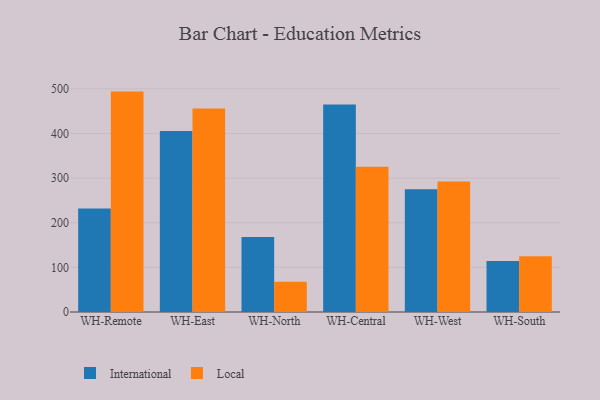
{"axis": {"x": "Warehouse", "y": "Latency (ms)"}, "legend": ["International", "Local"], "data": [{"x": "WH-Remote", "y": 232.1, "type": "International"}, {"x": "WH-Remote", "y": 493.8, "type": "Local"}, {"x": "WH-East", "y": 405.7, "type": "International"}, {"x": "WH-East", "y": 456.0, "type": "Local"}, {"x": "WH-North", "y": 168.1, "type": "International"}, {"x": "WH-North", "y": 68.0, "type": "Local"}, {"x": "WH-Central", "y": 465.0, "type": "International"}, {"x": "WH-Central", "y": 325.6, "type": "Local"}, {"x": "WH-West", "y": 274.9, "type": "International"}, {"x": "WH-West", "y": 292.5, "type": "Local"}, {"x": "WH-South", "y": 114.4, "type": "International"}, {"x": "WH-South", "y": 125.0, "type": "Local"}]}